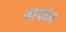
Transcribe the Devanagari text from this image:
जायडेन